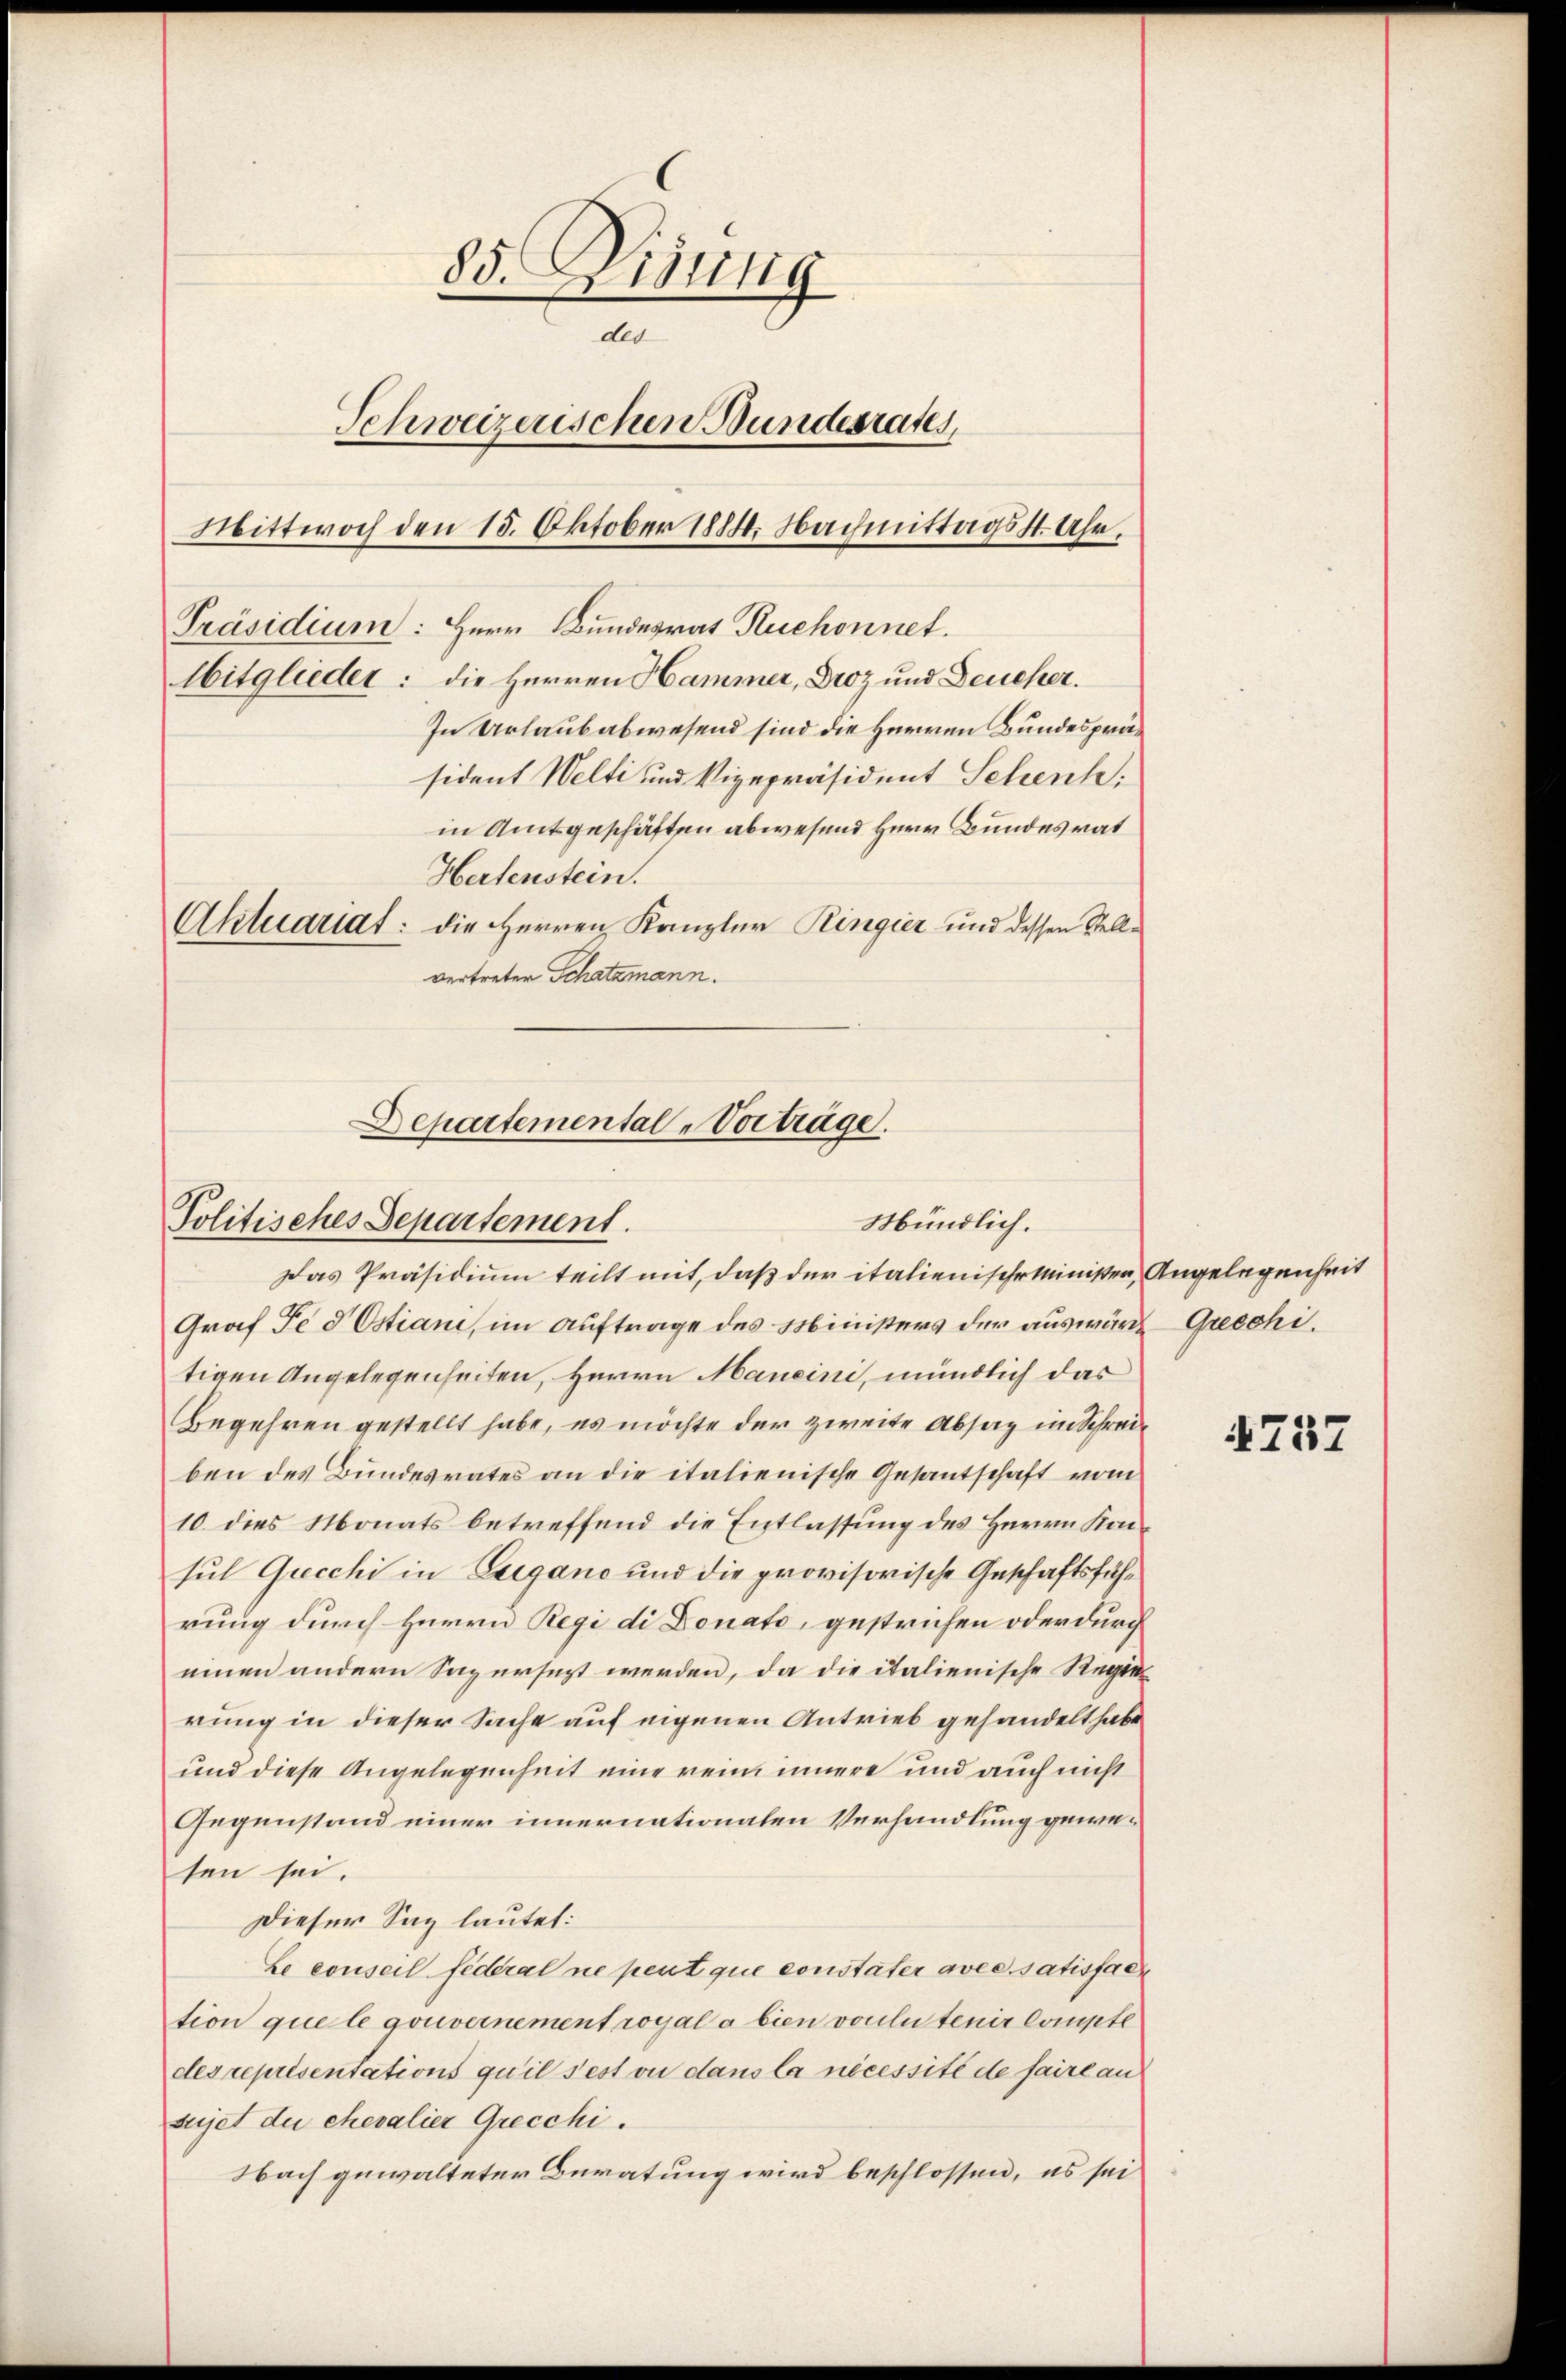
85. Disung
des
Schweizerischen Bundesrates,
Mittwoch den 15. Oktober 1884. Nachmittags 11. Uhr,
Präsidium: Herr Bundesrat Ruchonnet.
Mitglieder: die Herren Hammer, Droz und Deucher.
In Urlaubabwesend sind die Herren Bundespräsident Welti und Vizepräsident Scheuch
in Amtsgeschäften abwesend Herr Bundesrat
Hertenstein.
Aktuariat: die Herren Kanzler Ringier und dessen Stellvertreter Schatzmann.

Departemental-Vorträge.
Mündlich.
Politisches Departement.

Das Präsidium teilt mit, daß der italienische Minister, Angelegenheit
Graf Fe 8 Ostiani, im Auftrage des Ministers der auswärte Grecchitigen Angelegenheiten, Herrn Maneini, mündlich das
Begehren gestellt habe, es möchte der zweite Absag im Schreiben des Bundesrates an die italienische Gesantschaft vom
10. dies Monats betreffend die Entlassung des Herrn Kansul Grecchi in Erigano und die provisorische Geschäftsführung durch Herrn Regi di Donato, gestrichen oder durch
einen andern Saversezt werden, da die italienische Regierung in dieser Sache auf eigenen Antrieb gehandelt habe
und diese Angelegenheit eine rein innere und auch nicht
Gegenstand einer innernationalen Verhandlung gewesen sei.
Dieser Sag lautet:
Le conseil federal ne peut que constater avec satisfact
tion quele gouvernement royale bien voulu tenir Compte
des représentations qu’il s’est ou dans la nécessité de faire an
sujet der ehevalier Grecchi.
Nach gewalteter Beratung wird beschlossen, es sei

4757